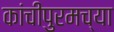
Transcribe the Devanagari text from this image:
कांचीपुरमच्या